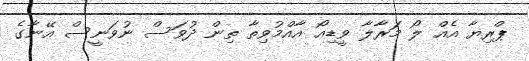
ޕްރިޔާ އެއް ލޯ މަރާލާ ވީޑިއޯ އާއްމުވިތާ ތިން ދުވަސް ނުވަނީސް އޭނާގެ